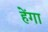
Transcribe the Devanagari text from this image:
हेंगा